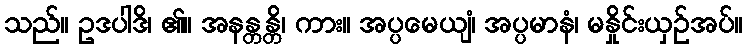
သည်။ ဥဒပါဒိ၊ ၏။ အနန္တန္တိ၊ ကား။ အပ္ပမေယျံ၊ အပ္ပမာနံ၊ မနှိုင်းယှဉ်အပ်။